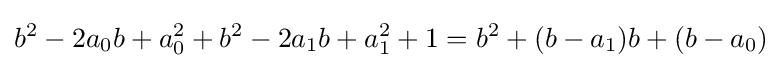
b^{2}-2a_{0}b+a_{0}^{2}+b^{2}-2a_{1}b+a_{1}^{2}+1=b^{2}+(b-a_{1})b+(b-a_{0})